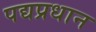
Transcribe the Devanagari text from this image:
पद्यप्रधान